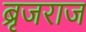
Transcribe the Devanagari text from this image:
ब्रृजराज